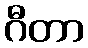
ဂီတာ